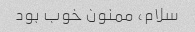
سلام، ممنون خوب بود